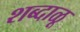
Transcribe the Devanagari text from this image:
शब्दाळू